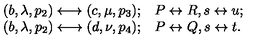
\begin{array} { r l } { ( b , \lambda , p _ { 2 } ) \longleftrightarrow ( c , \mu , p _ { 3 } ) ; } & { P \leftrightarrow R , s \leftrightarrow u ; } \\ { ( b , \lambda , p _ { 2 } ) \longleftrightarrow ( d , \nu , p _ { 4 } ) ; } & { P \leftrightarrow Q , s \leftrightarrow t . } \\ \end{array}